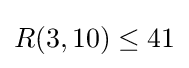
R(3,10)\leq 41